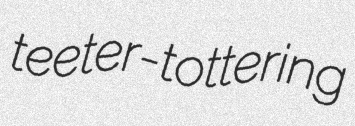
teeter-tottering